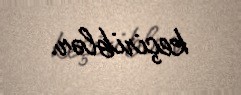
keçiriblər.